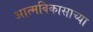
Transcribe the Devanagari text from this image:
आत्मविकासाच्या